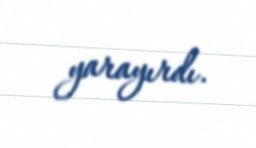
yarayırdı.